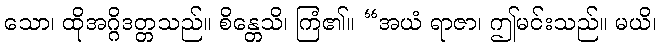
သော၊ ထိုအဂ္ဂိဒတ္တသည်။ စိန္တေသိ၊ ကြံ၏။ “အယံ ရာဇာ၊ ဤမင်းသည်။ မယိ၊